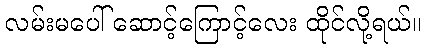
လမ်းမပေါ် ဆောင့်ကြောင့်လေး ထိုင်လို့ရယ်။